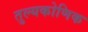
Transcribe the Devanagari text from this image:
तुल्यकोणिक